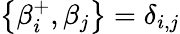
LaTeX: \left\{ \beta_{i}^{+},\beta_{j}\right\} =\delta_{i,j}